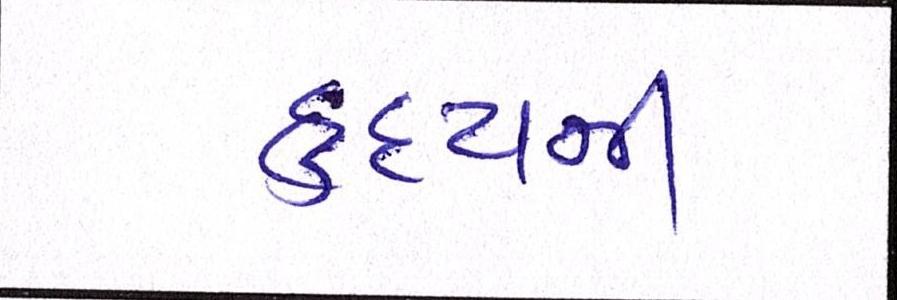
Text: હૃદયની